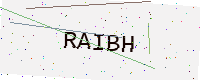
Text: RAIBH